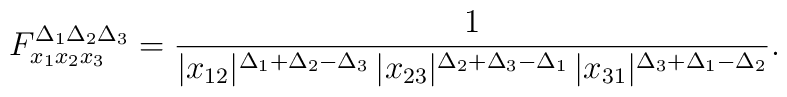
F^{\Delta_1\Delta_2\Delta_3}_{x_1x_2x_3}=\frac{1}{|x_{12}|^{\Delta_1+\Delta_2-\Delta_3}\,|x_{23}|^{\Delta_2+\Delta_3-\Delta_1}\,|x_{31}|^{\Delta_3+\Delta_1-\Delta_2}}.